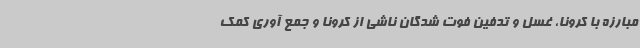
مبارزه با کرونا، غسل و تدفین فوت شدگان ناشی از کرونا و جمع آوری کمک